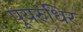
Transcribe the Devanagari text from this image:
पूयरुधिर